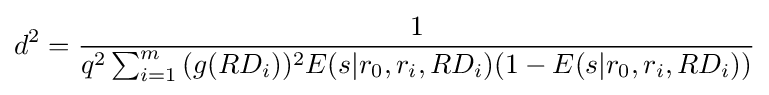
d^{2}={\frac {1}{q^{2}\sum _{i=1}^{m}{(g(RD_{i}))^{2}E(s|r_{0},r_{i},RD_{i})(1-E(s|r_{0},r_{i},RD_{i}))}}}